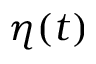
\eta ( t )